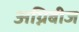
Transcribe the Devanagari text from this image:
अग्निबीज